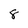
Character: 8